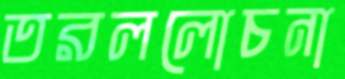
তরললোচনা